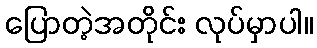
ပြောတဲ့အတိုင်း လုပ်မှာပါ။